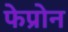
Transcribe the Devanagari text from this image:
फेप्रोन